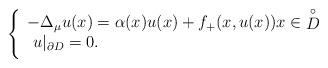
LaTeX: \begin{align*}\left\{\begin{array}{l}-\Delta_{\mu} u(x)=\alpha(x)u(x)+ f_+(x,u(x))x \in \mathop D\limits^ \circ\\\medskip\,\, u|_{\partial D}=0.\\\end{array}\right.\end{align*}